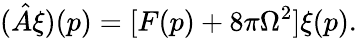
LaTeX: (\hat{A}\xi)(p)=[F(p)+8\pi\Omega^{2}]\xi(p).